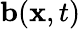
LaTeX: \mathbf{b}(\mathbf{x},t)